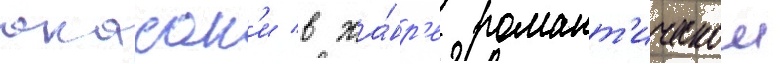
акасак'и в жа́нр'е романт'ическои